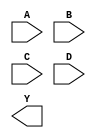
module sky130_fd_sc_hs__nor4 (
    //# {{data|Data Signals}}
    input  A,
    input  B,
    input  C,
    input  D,
    output Y
);

    // Voltage supply signals
    supply1 VPWR;
    supply0 VGND;

endmodule